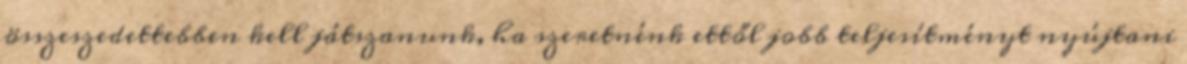
összeszedettebben kell játszanunk, ha szeretnénk ettől jobb teljesítményt nyújtani